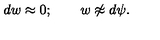
d w \approx 0 ; \quad \quad w \not \approx d \psi .